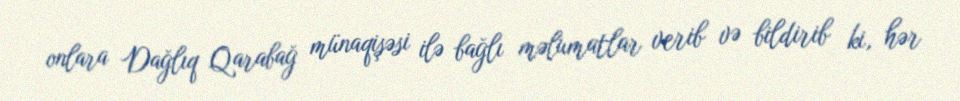
onlara Dağlıq Qarabağ münaqişəsi ilə bağlı məlumatlar verib və bildirib ki, hər